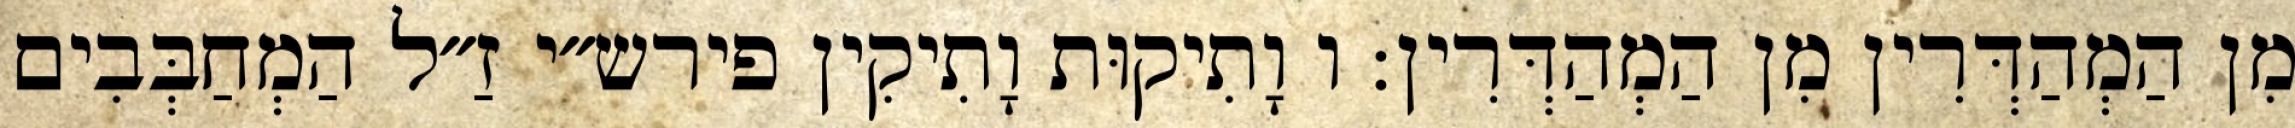
מִן הַמְהַדְּרִין מִן הַמְהַדְּרִין: ו וָתִיקוּת וָתִיקִין פירש״י זַ״ל הַמְחַבְּבִים